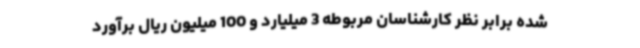
شده برابر نظر کارشناسان مربوطه 3 میلیارد و 100 میلیون ریال برآورد